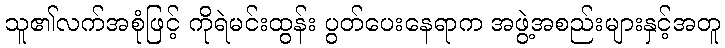
သူ၏လက်အစုံဖြင့် ကိုရဲမင်းထွန်း ပွတ်ပေးနေရာက အဖွဲ့အစည်းများနှင့်အတူ